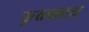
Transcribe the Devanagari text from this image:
कृतघ्नाय